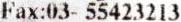
FAX:03- 55423213